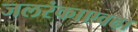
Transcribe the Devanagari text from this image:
जलरंकाएवढा